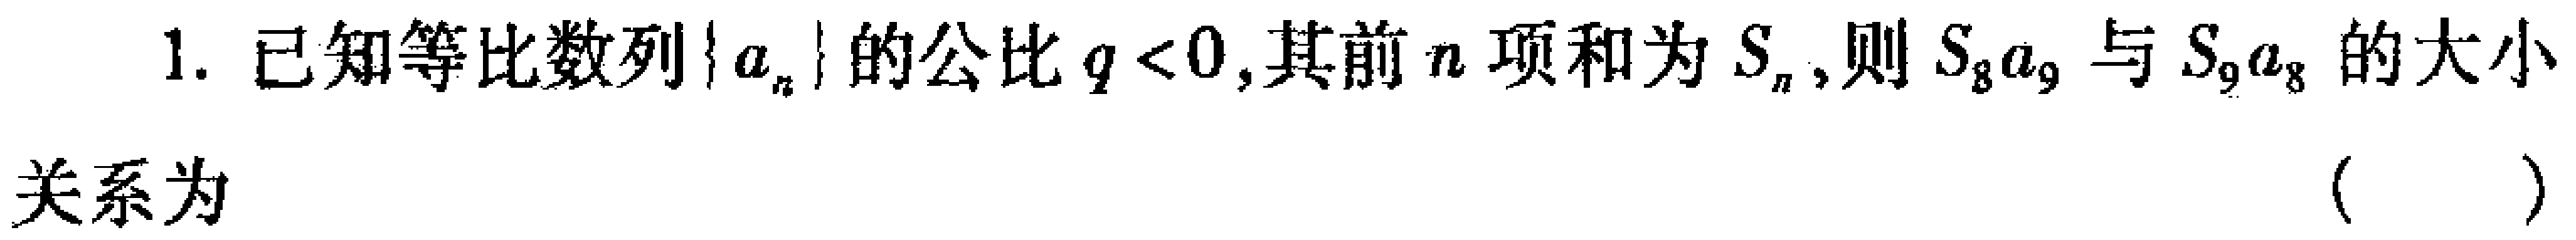
1. 已知等比数列\(\{a_{n}\}\)的公比\(q < 0\),其前\(n\)项和为\(S_{n}\),则\(S_{8}a_{9}\)与\(S_{9}a_{8}\)的大小

关系为 （  ）